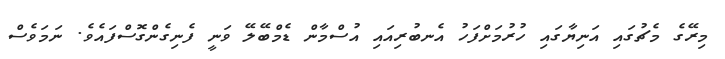
މިރޭގެ މެޗުގައި އަނިޔާގައި ހުރުމަށްފަހު އެނބުރިއައި އުސްމާން ޑެމްބޭލޭ ވަނީ ފެނިގެންގޮސްފައެވެ. ނަމަވެސް